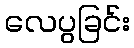
လေပွခြင်း